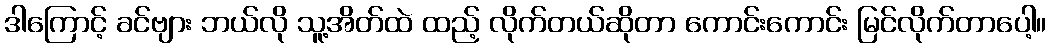
ဒါကြောင့် ခင်ဗျား ဘယ်လို သူ့အိတ်ထဲ ထည့် လိုက်တယ်ဆိုတာ ကောင်းကောင်း မြင်လိုက်တာပေါ့။